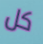
كل